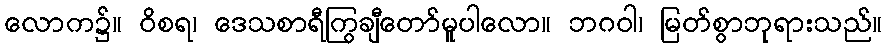
လောက၌။ ဝိစရ၊ ဒေသစာရီကြွချီတော်မူပါလော။ ဘဂဝါ၊ မြတ်စွာဘုရားသည်။